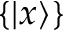
\{ | x \rangle \}